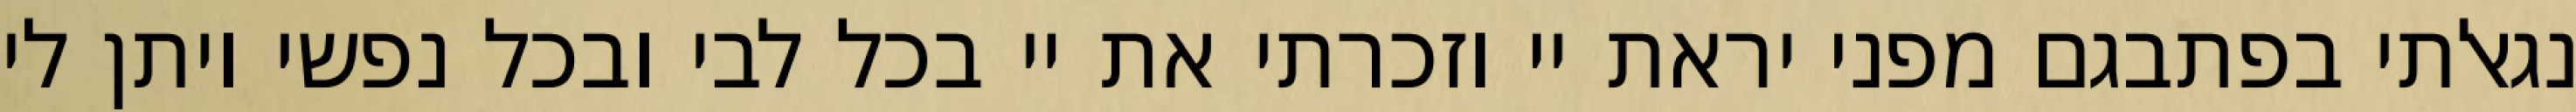
נגאלתי בפתבגם מפני יראת יי וזכרתי את יי בכל לבי ובכל נפשי ויתן לי